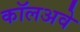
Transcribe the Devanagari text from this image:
कॉलअवे